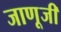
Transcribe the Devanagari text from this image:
जाणूजी